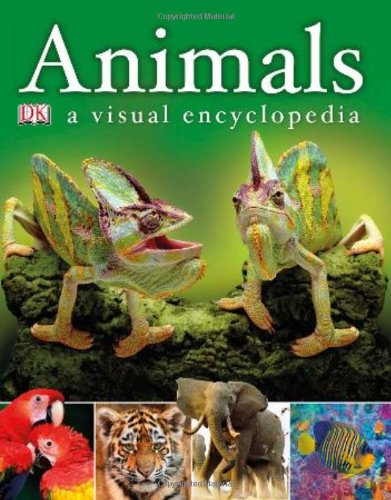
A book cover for Animals: A Visual Encyclopedia; DK Publishing; Reference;